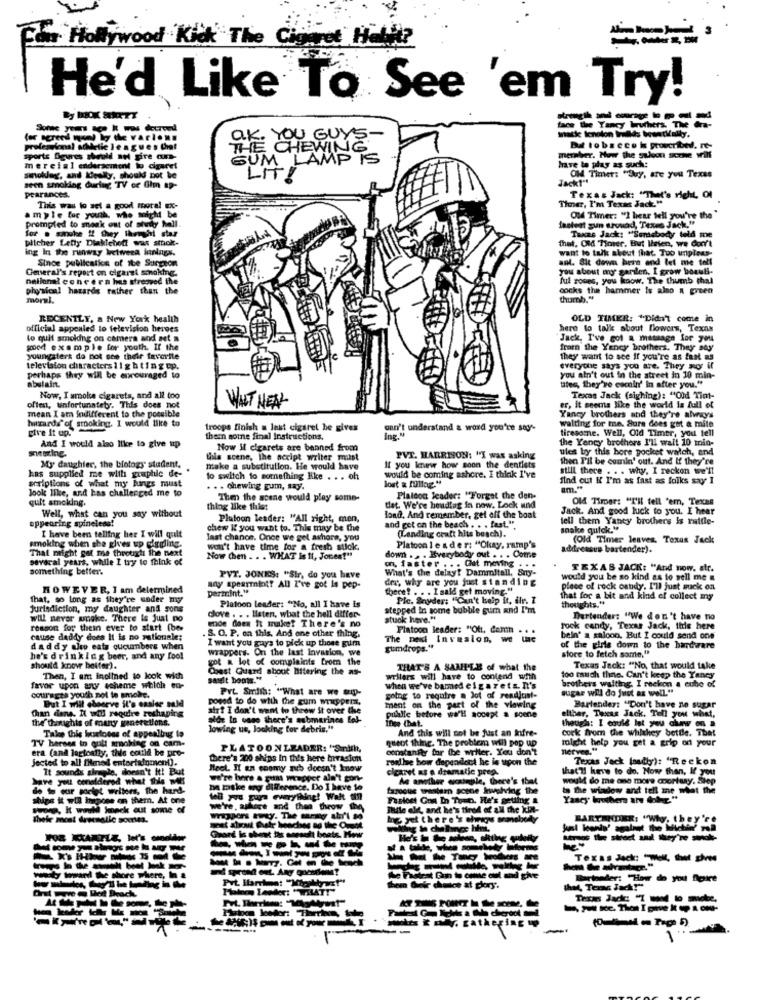
Fler Hollywood Kick The Cigaret Hill?
He'd Like To See 'em Try!
face the Yancy hruthers. The dra-
(a agreed wowi by the varloni
THE YOU GUYS -
Be tobacco k proscribed. re-
sports figures should au pire ar-
GUM LAMP IS
CHEWING
meraber. How the gyloon aczhe will
have to play as such:
mercial enderscutent to cigaret
ON Timet: "Suy, are you Texas
smolder, and Idealty, should not be
LITI
Jack1"
seen smoking during TV or Gim ap-
pearances.
Thner, I'm Texas Jack."
Texas Jack: "That's right, Ol
ample for youth, who might be
This was to sel a good moral Ex-
prompted to sneak ont of study hall.
Old Timer: "I hear tell you're the"
for . smoke !! they lheight shar
fastest sun srowad, Texas Jack,"
Dlicher Letty Dlaklehoff was stok-
thet, Old Tiover. But Ihelen, we don't
Taxas Jack: "Somebody told me
ing In the runway brettreea innings.
want to talk about that. Too uripless-
Since publication of ibe Surgeon
ant. Sit down here and let me tell
General's report on cigaret smoking.
you about mor garilen. I grow bomull-
nellona? cone era has stresved the
ful soses, you know. The thumb thal
physical hazards rather than the
cocks the hammer Is also a green
moral.
thumb."
RECENTLY, a New York health
OLD TIMER: "Didn't come in
official appealed to television heroes
here to talk about flowers, Texas
to quit smoking on camera and set a
Jack, I've got a massage for you
good example for youth. If the
frarn the Yancy brothers. They say"
youngsters do not see their favorite
they want to see If you're as fast as
television characters 1 1 g h ting up.
everyone says you are. They mor if
abulain.
perhaps they will be encouraged to
you ain't out in the street in 10 min-
tates, they've escoln' In after you."
Now, I amolte cigarets, and all too
Texas Jack (sighing): "Oid Tint-
offen, unfortunately. This does not
mean I am indifferent to the possible
WAT NEAL
er, it seems like the world is full of
hazards of stooking. I would like to
walting for me, Sure does got a mite
Yancy brothers and they're alvroy's
give it up.
troops finish a last cigaret he gives
can't understand & word you're say-
tiresome. Well, Old Timer, you tell
them somne final Instructions.
the Yency brothers I'll wait 10 min-
And I would also like to give up
Now It cigarets are banned from
ules by this bore pocket walch, and
Lila scene, the nexipt writer must
PVT. HARRISON: "I was asking
then Pil be comin' out. And If they're
My daughter, the biology" student.
Take a substitution. He would have
If you knew how soon the dentists
still there . . . why. I reckon we'll
kas supplied me with graphic de-
scriptions of what my lungs must
to switch to something Kke . . . oh
would be coming ashore. I think I've
lost a fullag."
find out K I'm as fast as folks say I
Jook like, and has challenged me to
. . . chewing gum, say.
am."
quit smoking.
Then the scene would play some-
Platcon leader: "Forget the den-
Old Timer: "I'll tell "em, Texas
thlog like this:
det. We're houdlag in now. Lock und
Jack. And good luck to you. I hear
appearing svineless!
Well, what can you say without
Plutoon leader: "All right, men,
Hond, And remember, get off the boat
tell them Yancy brothers Is rattle-
chew If you want to. This may be the
and get on the beach . . . fast.".
snake gulok."
I have been telling her I will quit
last chance. Once we gel ashore, you
(Landing craft hits beach).
(Old Timer leaves, Texas Jack
That might got me through the next
smoking when she gives up circling.
won't have time for a fresh stlok,
Platoon 1 e ader: "Okay, ramp's
addressus bartender).
several years, while I try to think of
Now chen . . . WHAT Is Il, Jones!"
down .. . Everybody out . . . Come
m. faster ... Gat moving . .
something better.
What's the delay? Dammitall, Sny-
TEXAS JACK: "And now. str.
PVT. JONES: "Sir, do you have
dex: why are you just standing
would you be so kind as to sell me a
HOWEVER, I am determined
permint."
any spearmint? All I've got le pep-
there! . . . Isald get moving."
place of rock candy. I'll just suck on
That, so long as they're soder my
Platoon leader: "No, all I have is
Ple. Snyder: "Can't help it, ilr. I
that for a bit and kind of collect my
thoughts."
Jurisdiction, my daughter and sons
stepped In some bubble gum and I'm
will never wneke. There is Just no
wde does it muke! There's no
dlove . . . Haten, what the hell differ-
stuck here."
Dartender: "We don't have to
reason for thein ever to start (be-
. &. O. P. on this, And one other thing.
Platoon leader: "Ott, damit . . .
rock candy, Texas Jack, this here
cause daddy does It is no rationale;
I want you guys to pick up those gurn
The ned Invesion, we lac
bein' a saloon, But I could send one
daddy ale eats cucumbers when
wrappers. On the last Invasion, we
gumdrops."
of the girls down to the hardware
store to fetch some,"
he's drinking beer, and any fool
pot a lot of complaints from the
should know better).
Chest Quard about Mitering the as-
THAT'S A SAMPLE of what the
Texas Jack: "No, that would take
Then, I am inclined to look with
sault boots."
writers will have to contend with
too much thine. Can't keep the Yancy
favor upon any scheme which ed-
Prt. Smith: "What are we up-
when we've barmed eiga rets. It's
sugar will do just as well."
brothers waiting. I reckon a cube of
cts youth not to smoke.
posed to do with the zum wrappers,
going to require a lot of readjust-
ment on the part of the viewing
Chan dene. It will require reshaping
But I will choceve il's easier mld
air? I don't want to throw it over the
Bartender: "Don't have no sugar
the thoughts of many seneretions.
alde in vase there's submarines Eel-
pullle before we'll socept a scene
Inge (bat.
elthar. Twee Jack. Tell you what,
though: I could let you chaw on a
Jowing us, looking for debris."
And this will not be just an kifre-
cork from the whithey bettle. That
Take this busetoess of appealbug to
queot thing. The problem will pop up
might help you get a grip on your
era (and lactoatty, this could be pro-
TV herses in onlt smoking on cam-
PLATOONLEADER: "Smith,
constanity for the weiler. You don't
nerves."
Jected to all Denod entertainment).
There's 200 ships In this here hrrasion
roadlhe how dependott he is upon the
Texas Jack (sadly): "Reckon
It sounds sirede, doesn't it! But
Meet. Il en coomy zub doesn't know
cicaret as e dramatic prea.
that's! have to do. How than, If you
have you considerod what this Ml
we're here a gers wrapper ala't gon-
As another omegle, there's that
would do me one more coortury. Stop
et writers, the hard-
no miske org difference. Do I have to
faroque western scone Involving the
to the window and tell me what the
ships it will Inipone on them. At one
tell you guys everything! Wait till
Farloet Gon In Toun. He's getting a
Yascy lonthere are tobe. "
Buona, It would Imnek out some of
we're, askere and thee throw the
Mile alt, and he's tired of all the kint-
Thele most dreemaile somes.
Wrappers tesy. The marty shr'l so
Ing. yet there's chris smoky
BARTENDER: "Why. they're
Grond is sheet tis serselt boats. Phew
--- --- -
--------
IMe Tancy broders are
weby toward the shore where, In a
Bartender: "How do you notice
Them Geir choice at glory".
males i oy, gathering
-